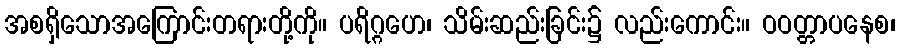
အစရှိသောအကြောင်းတရားတို့ကို။ ပရိဂ္ဂဟေ၊ သိမ်းဆည်းခြင်း၌ လည်းကောင်း။ ဝဝတ္တာပနေစ၊